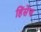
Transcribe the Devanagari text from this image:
हिंसेच